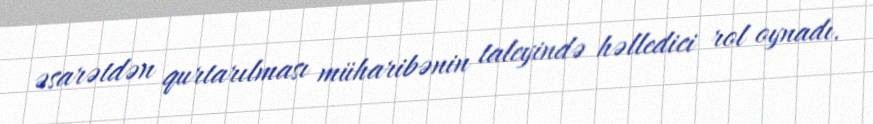
əsarətdən qurtarılması müharibənin taleyində həlledici rol oynadı.